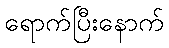
ရောက်ပြီးနောက်